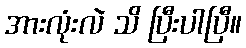
အားလုံးလဲ သိ ပြီးပါပြီ။